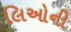
લિઓની